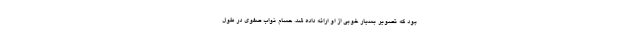
بود که تصویر بسیار خوبی از او ارائه داده شد. حسام نواب صفوی در طول